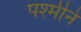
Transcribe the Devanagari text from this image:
पश्मीने